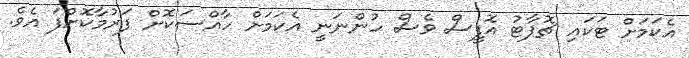
އެކަމަށް ޓަކައި ޗޮޕާޓު އޮފީސް ވެސް ހުންނަނީ އެކަމަށް ހާއްސަކޮށް ފަރުމާކޮށްފަ އެވެ.